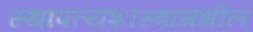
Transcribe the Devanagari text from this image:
स्थापत्यशास्त्रामधील